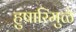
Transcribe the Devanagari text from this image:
हुषारिमुळे